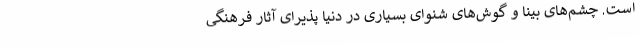
است. چشم‌های بینا و گوش‌های شنوای بسیاری در دنیا پذیرای آثار فرهنگی